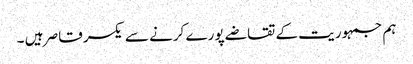
ہم جمہوریت کے تقاضے پورے کرنے سے یکسر قاصر ہیں ۔